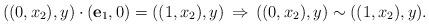
LaTeX: \begin{align*}((0,x_2),y)\cdot({\bf e}_1, 0)= ((1,x_2), y)\, \Rightarrow\,((0,x_2),y)\sim ((1,x_2), y).\end{align*}